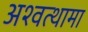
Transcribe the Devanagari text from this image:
अश्‍वत्थामा